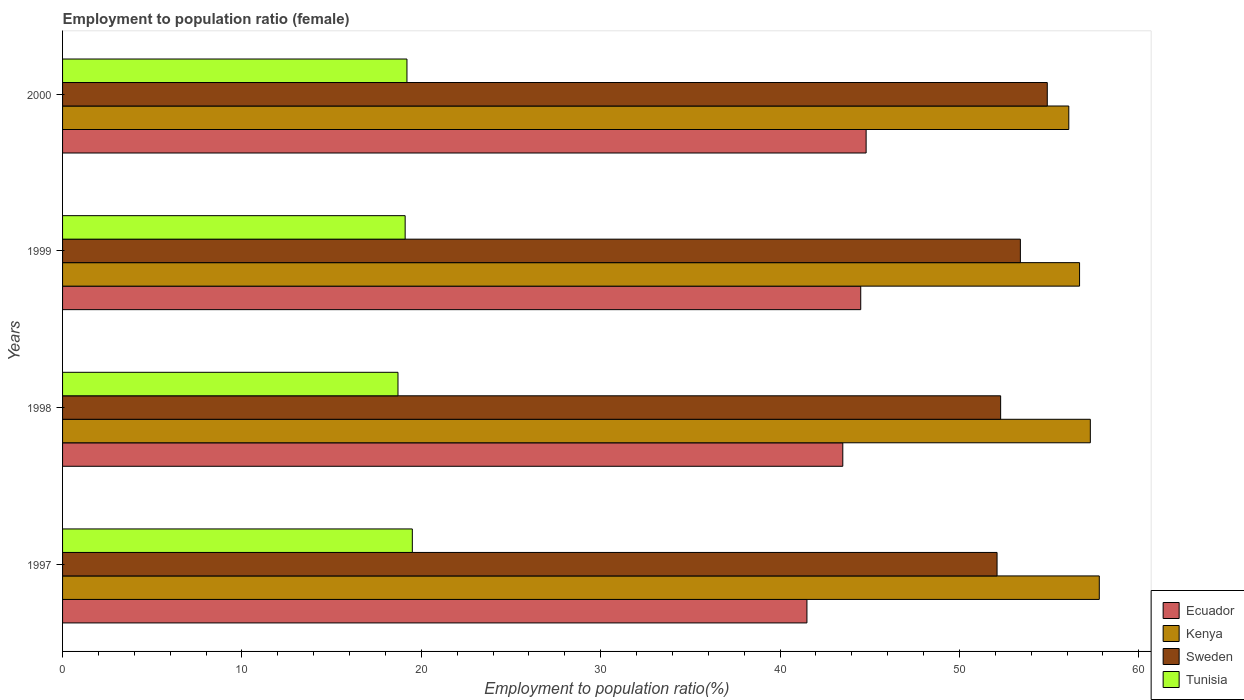
| Years | Ecuador | Kenya | Sweden | Tunisia |
 | --- | --- | --- | --- | --- |
 | 1997 | 41.5 | 57.8 | 52.1 | 19.5 |
 | 1998 | 43.5 | 57.3 | 52.3 | 18.7 |
 | 1999 | 44.5 | 56.7 | 53.4 | 19.1 |
 | 2000 | 44.8 | 56.1 | 54.9 | 19.2 |